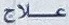
علاج